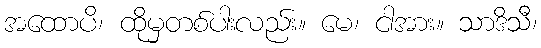
အထောပိ၊ ထိုမှတစ်ပါးလည်း။ မေ၊ ငါအား။ သာဒိသီ၊